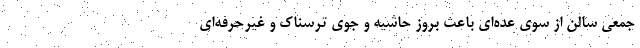
جمعی سالن از سوی عده‌ای باعث بروز حاشیه و جوی ترسناک و غیرحرفه‌ای